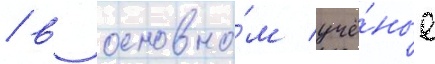
/ в основно́м учё́ные